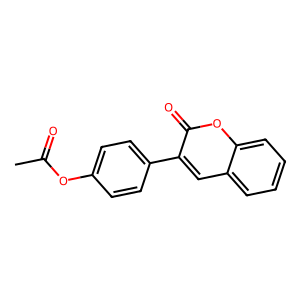
SMILES: CC(=O)Oc1ccc(-c2cc3ccccc3oc2=O)cc1
Inhibits HIV replication: No